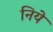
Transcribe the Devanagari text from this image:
निये